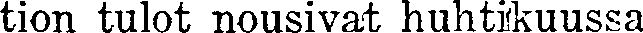
tion tulot nousivat huhtikuussa